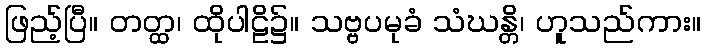
ဖြည့်ပြီ။ တတ္ထ၊ ထိုပါဠိ၌။ သဗ္ဗပမုခံ သံဃန္တိ၊ ဟူသည်ကား။